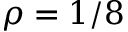
\rho = 1 / 8